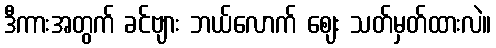
ဒီကားအတွက် ခင်ဗျား ဘယ်လောက် ဈေး သတ်မှတ်ထားလဲ။